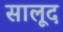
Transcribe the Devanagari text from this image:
सालूद